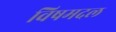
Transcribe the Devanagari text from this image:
विषमदल